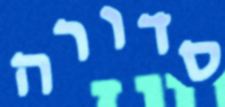
סדורה